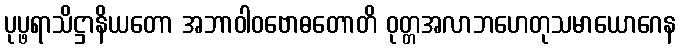
ပုပ္ဖရာသိဋ္ဌာနိယတော အဘာဝါဝဗောဓတောတိ ဝုတ္တအလာဘဟေတုသမာယောဂေန